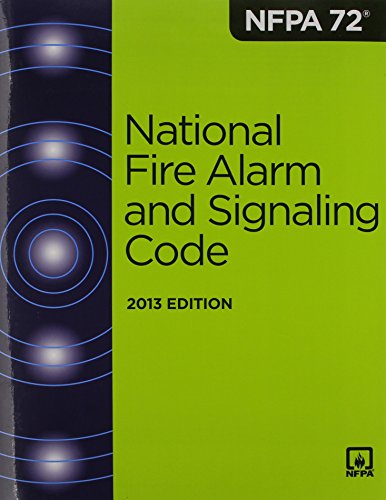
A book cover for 2013 NFPA 72: National Fire Alarm and Signaling Code; Engineering & Transportation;